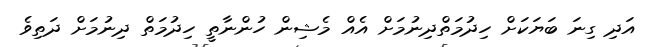
އަދި ގިނަ ބަޔަކަށް ހިދުމަތްދިނުމަށް އެއް މެޝިން ހުންނާތީ ހިދުމަތް ދިނުމަށް ދަތިވެ